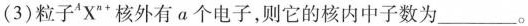
(3)粒子^{A}4X^{n+}核外有a个电子，则它的核内中子数为___。